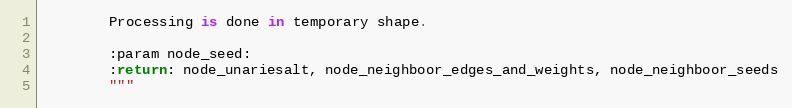
Language: Python
        Processing is done in temporary shape.

        :param node_seed:
        :return: node_unariesalt, node_neighboor_edges_and_weights, node_neighboor_seeds
        """